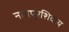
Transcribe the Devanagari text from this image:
नागपूरशिवाय